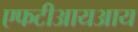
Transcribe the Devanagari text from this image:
एफटीआयआय